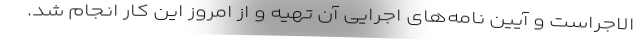
الاجراست و آیین نامه‌های اجرایی آن تهیه و از امروز این کار انجام شد.